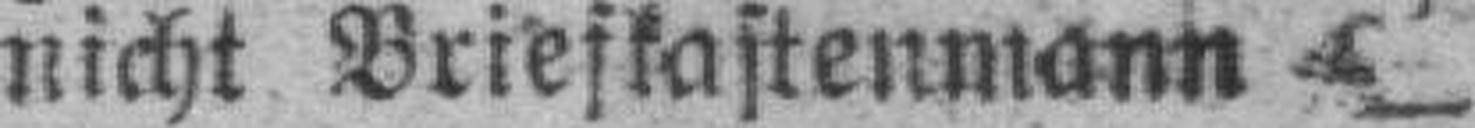
nicht Briefkastenmann